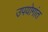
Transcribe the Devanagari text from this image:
उपयोगांत